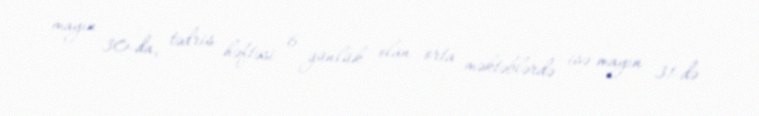
mayın 30-da, tədris həftəsi 6 günlük olan orta məktəblərdə isə mayın 31-də